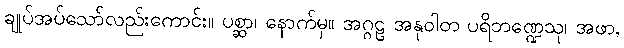
ချုပ်အပ်သော်လည်းကောင်း။ ပစ္ဆာ၊ နောက်မှ။ အဂ္ဂဠ အနုဝါတ ပရိဘဏ္ဍေသု၊ အဖာ,